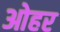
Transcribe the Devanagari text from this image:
ओहर